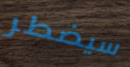
سيضطر